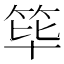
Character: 筚